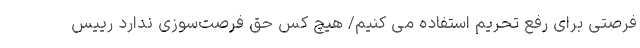
فرصتی‌ برای رفع تحریم استفاده می کنیم/ هیچ کس حق فرصت‌سوزی ندارد رییس